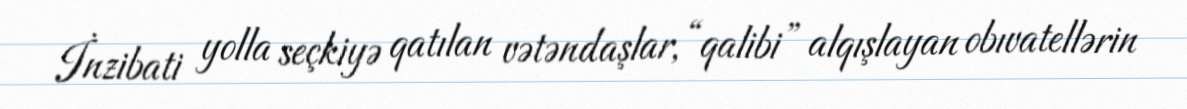
İnzibati yolla seçkiyə qatılan vətəndaşlar, “qalibi” alqışlayan obıvatellərin